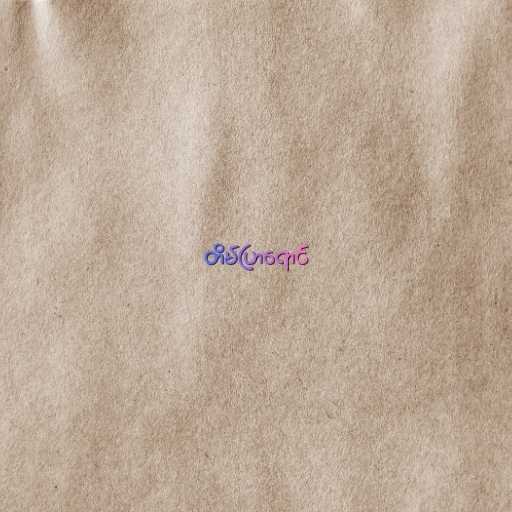
တိမ်ပြာရောင်